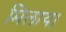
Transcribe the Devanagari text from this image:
मिलाय।